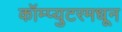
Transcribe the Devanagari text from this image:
कॉम्प्युटरमधून